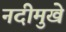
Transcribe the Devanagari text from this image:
नदीमुखे